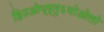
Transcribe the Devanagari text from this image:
हिउओय्र्तु६योओलो